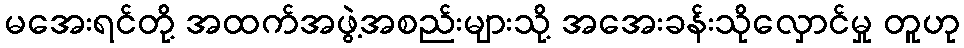
မအေးရင်တို့ အထက်အဖွဲ့အစည်းများသို့ အအေးခန်းသိုလှောင်မှု တူဟု